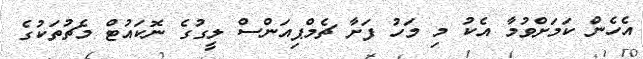
އެހެން ކަމަށްވުމާ އެކު މި މަހު ފަށާ ޗެމްޕިއަންސް ލީގުގެ ނޮކައުޓް މެޗުތަކުގެ